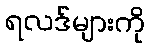
ရလဒ်များကို